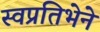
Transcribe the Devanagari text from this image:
स्वप्रतिभेने